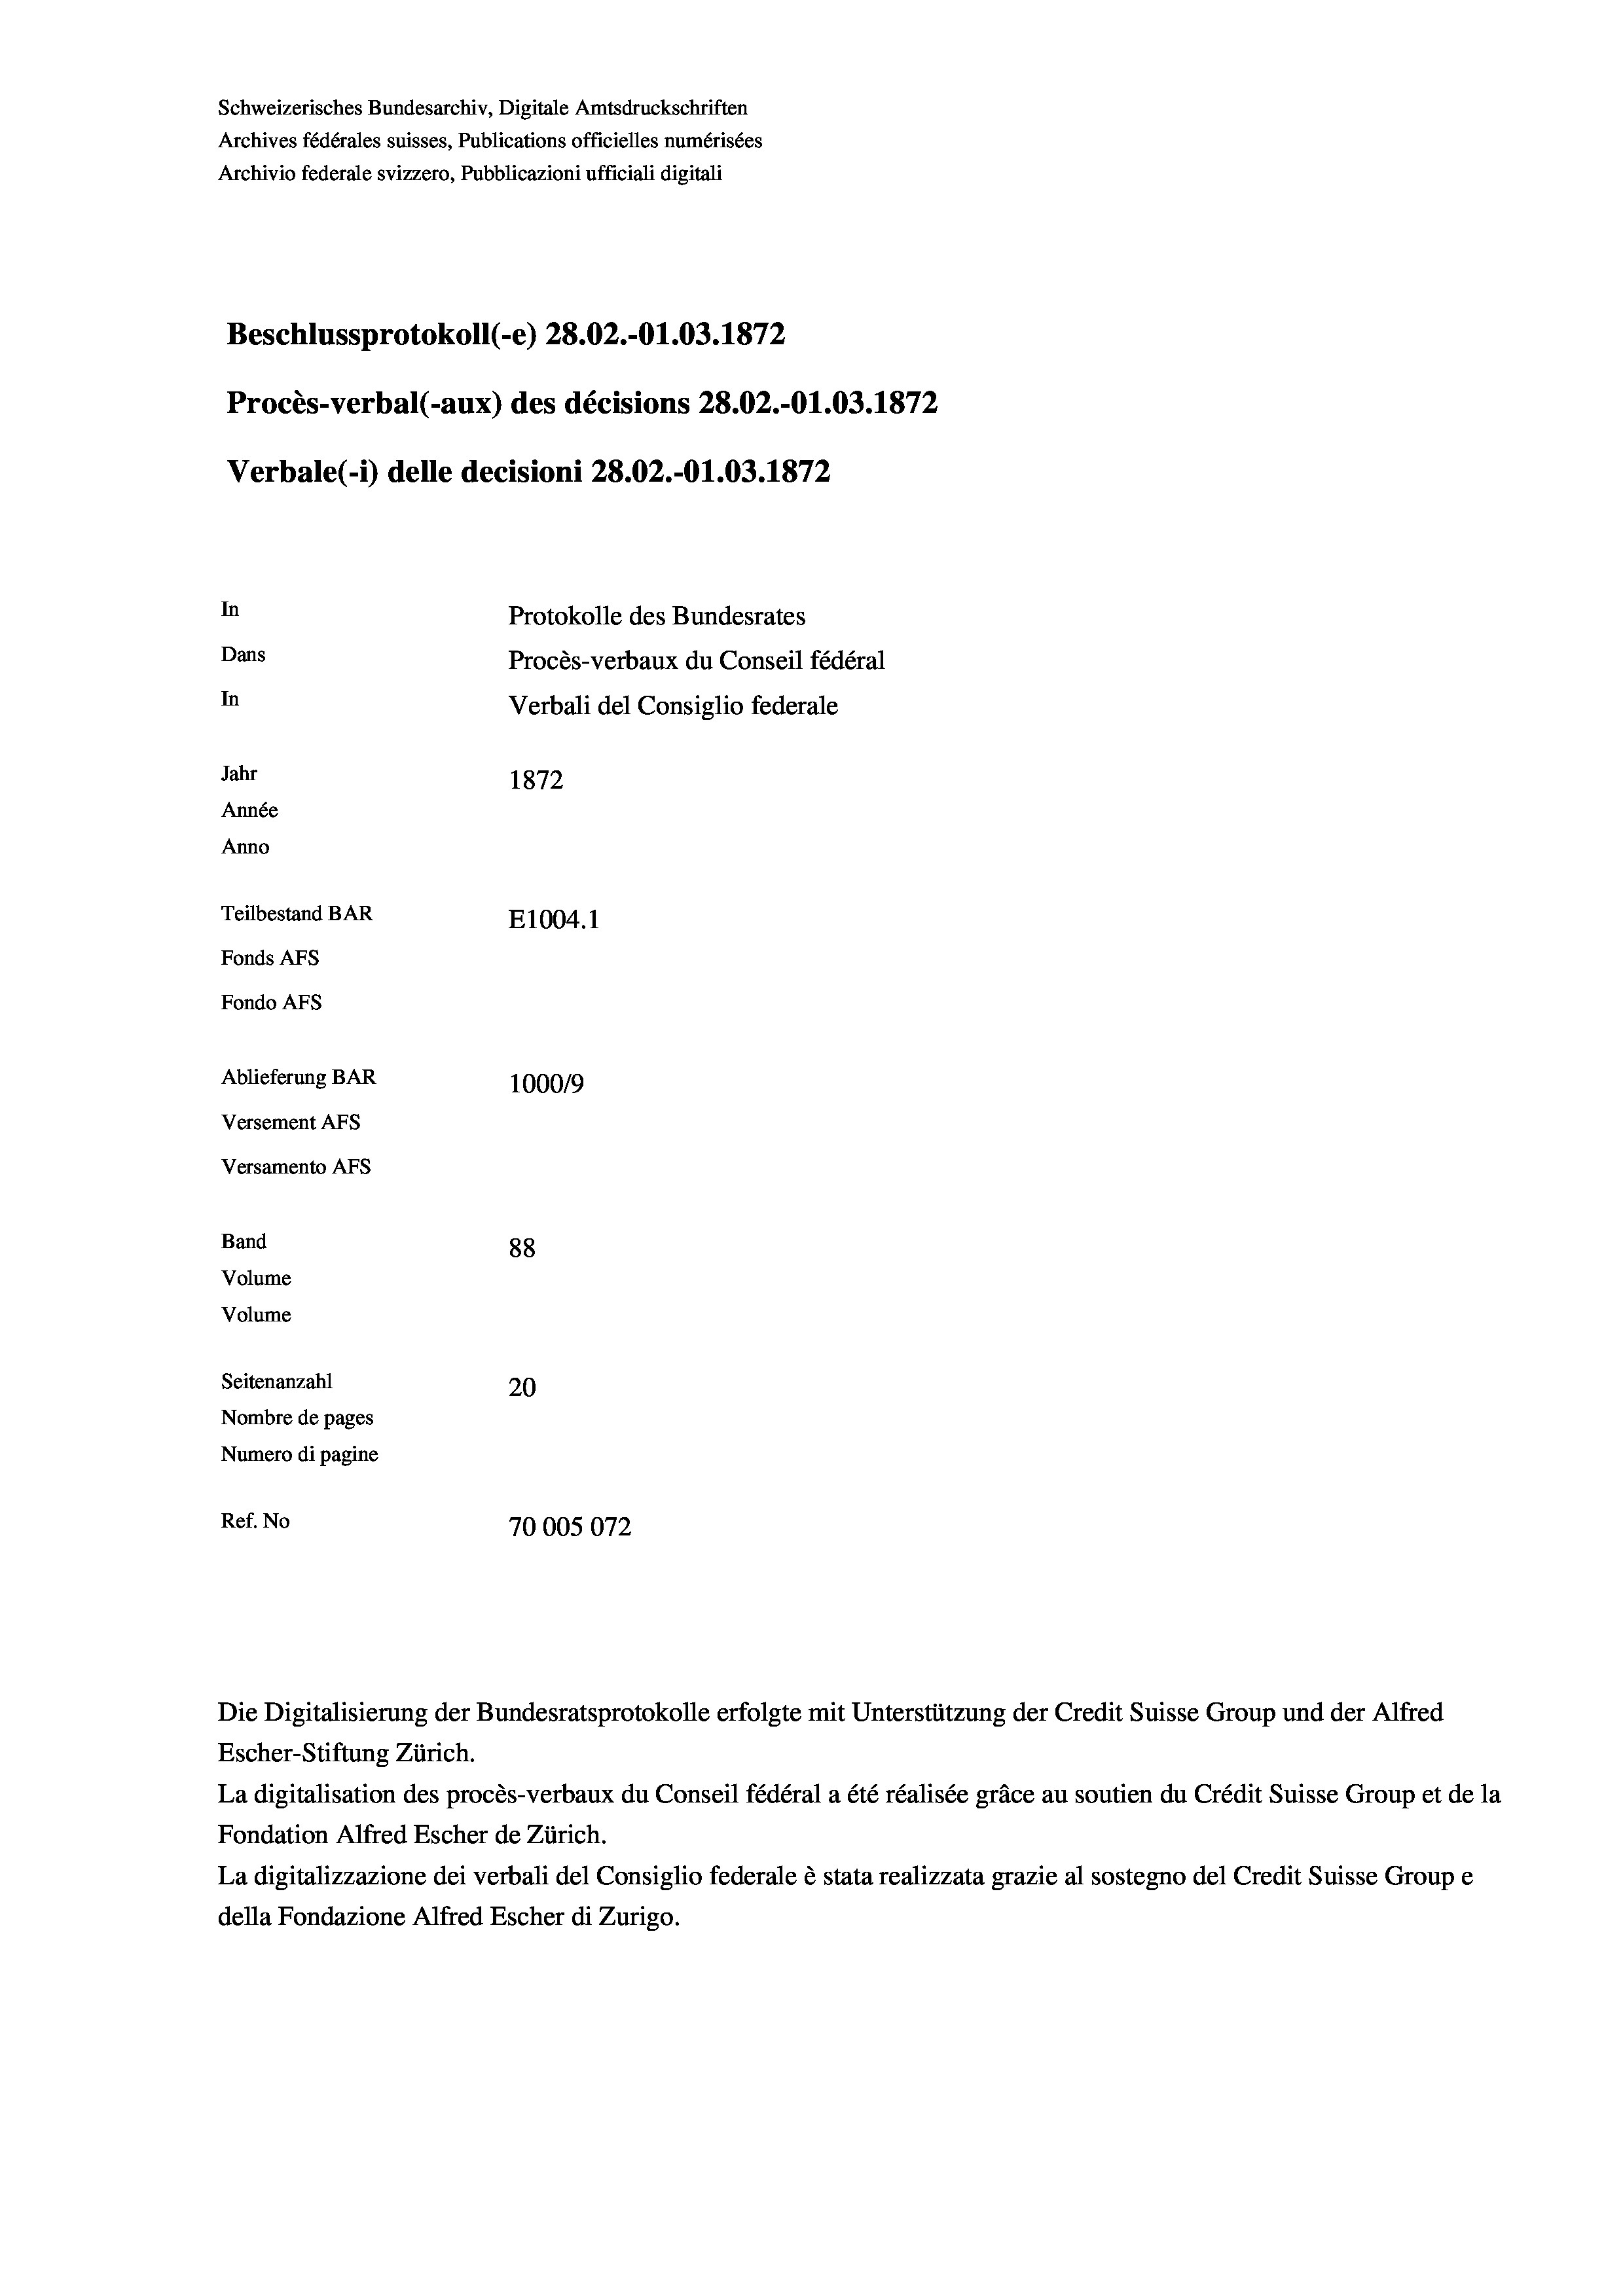
Schweizerisches Bundesarchiv, Digitale Amtsdruckschriften
Archives fédérales suisses, Publications officielles numérisées
Archivio federale svizzero, Pubblicazioni ufficiali digitali
Beschlussprotokoll (-e) 28.02.-O1.03. 1872
Procès-verbal (-aux) des décisions 28.02.-O1.03. 1872
Verbale (- 1) delle decisioni 28.02.-O1.03. 1872
In
Protokolle des Bundesrates
Dans
Procès-verbaux du Conseil fédéral
In
Verbali del Consiglio federale
Jahr
1872
Année
Anno
Teilbestand BAR
E1004. 1
Fonds AFs
Fondo AFS
Ablieferung BAR
1000/9
Versement AFs
Versamento AFs
Band
88
Volume
Volume
Seitenanzahl
20
Nombre de pages
Numero di pagine
Ref. No
70005072

Escher-Stiftung Zürich.
La digitalisation des procès-verbaux du Conseil fédéral a été réalisée gräce au soutien du Crédit Suisse Group et de la
Fondation Alfred Escher de Zürich.
La digitalizzazione dei verbali del Consiglio federale è stata realizzata grazie al sostegno del Credit Suisse Groupe
della Fondazione Alfred Escher di Zurigo.

Die Digitalisierung der Bundesratsprotokolle erfolgte mit Unterstützung der Credit Suisse Group und der Alfred